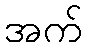
အက်